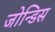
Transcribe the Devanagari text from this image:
जोन्डिस